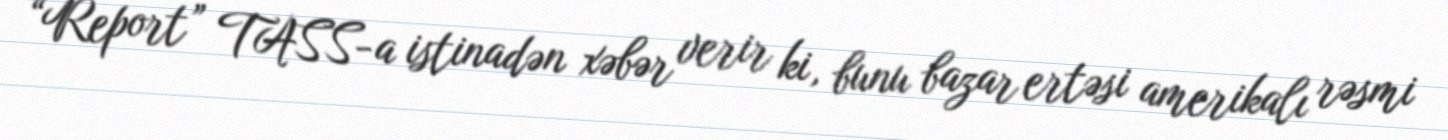
“Report” TASS-a istinadən xəbər verir ki, bunu bazar ertəsi amerikalı rəsmi